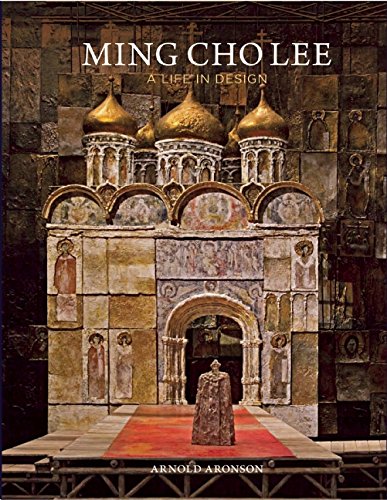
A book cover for Ming Cho Lee: A Life in Design; Arnold Aronson; Biographies & Memoirs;